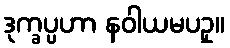
ဒုက္ခပ္ပဟာ နဝါယမပဥှ။